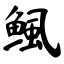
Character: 鲺